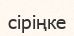
сіріңке